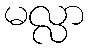
မလ္လာ